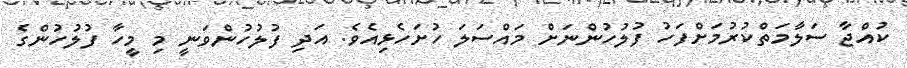
ކުއްޖާ ސަލާމަތްކުރުމަށްފަހު ފުލުހުންނަށް މައްސަލަ ހުށަހެޅިއެވެ. އަދި ފުލުހުންވަނީ މި މީހާ ފުލުހުންގެ